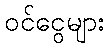
ဝင်ငွေများ